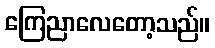
ကြေညာလေတော့သည်။